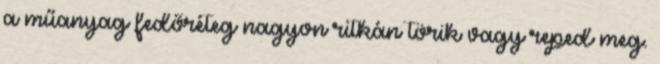
a műanyag fedőréteg nagyon ritkán törik vagy reped meg.